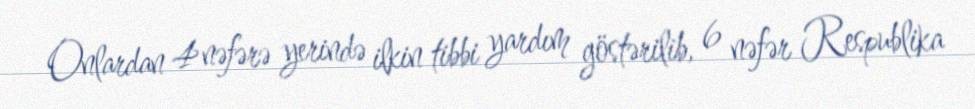
Onlardan 4 nəfərə yerində ilkin tibbi yardım göstərilib, 6 nəfər Respublika